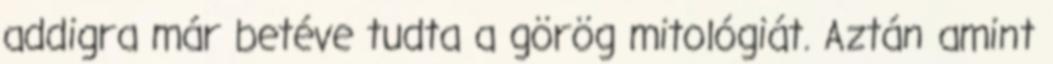
addigra már betéve tudta a görög mitológiát. Aztán amint